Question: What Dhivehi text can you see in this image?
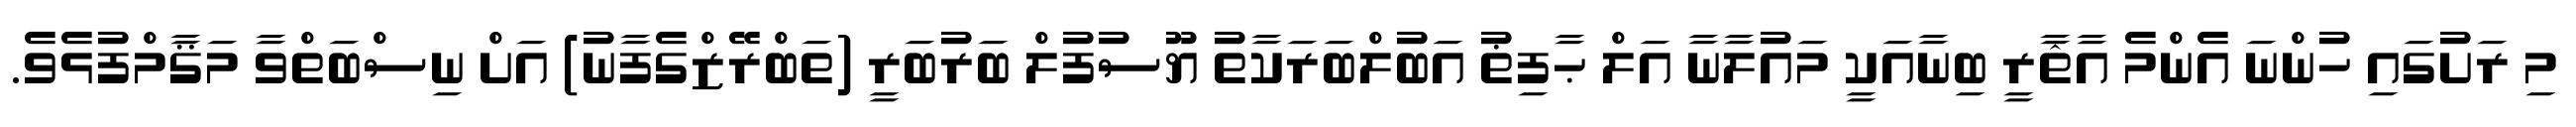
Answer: މި ރަށުގައި ހުންނަ އެންމެ އާޘާރީ ބިނާއަކީ މައުލާނާ އަލް ޙާފިޡު އަބުލްބަރަކާތު ޔޫސުފުލް ބަރުބަރީ (ތަބްރޭޒްގެފާނު) އަށް ނިސްބަތްވާ މަޤާމްފުޅެވެ.